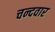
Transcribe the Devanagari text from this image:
चन्दवार